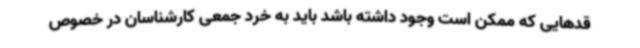
قدهایی که ممکن است وجود داشته باشد باید به خرد جمعی کارشناسان در خصوص